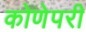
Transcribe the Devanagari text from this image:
कोणेपरी